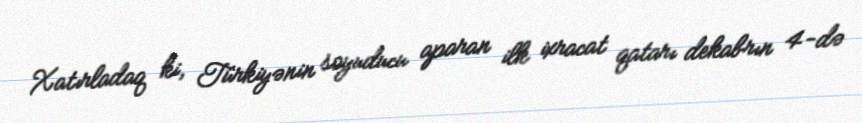
Xatırladaq ki, Türkiyənin soyuducu aparan ilk ixracat qatarı dekabrın 4-də